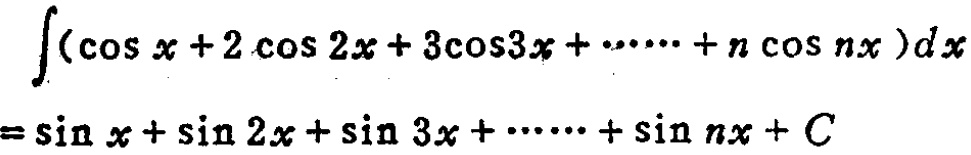
\[\int(\cos x + 2\cos 2x + 3\cos 3x + \cdots + n\cos nx)dx=\sin x + \sin 2x + \sin 3x + \cdots + \sin nx + C\]